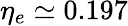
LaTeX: \eta_{e}\simeq 0.197